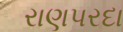
રાણપરદા